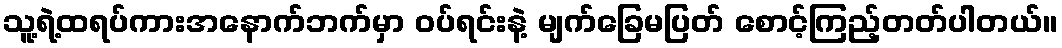
သူ့ရဲ့ထရပ်ကားအနောက်ဘက်မှာ ဝပ်ရင်းနဲ့ မျက်ခြေမပြတ် စောင့်ကြည့်တတ်ပါတယ်။